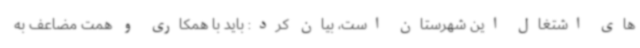
های اشتغال این شهرستان است، بیان کرد: باید با همکاری و همت مضاعف به